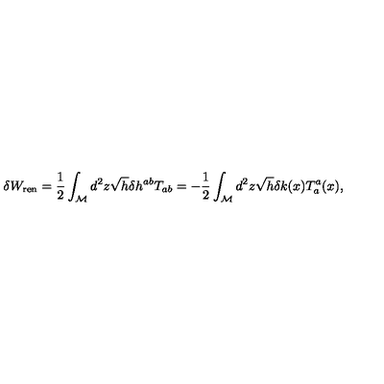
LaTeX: \delta W _ { { \mathrm { \scriptsize { r e n } } } } = \frac { 1 } { 2 } \int _ { \cal M } d ^ { 2 } z \sqrt { h } \delta h ^ { a b } T _ { a b } = - \frac { 1 } { 2 } \int _ { \cal M } d ^ { 2 } z \sqrt { h } \delta k ( x ) T _ { a } ^ { a } ( x ) ,